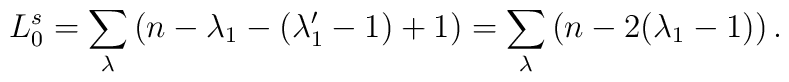
L_0^s = \sum_{\lambda} \left( n - \lambda_1 - (\lambda_1' -1)+1 \right) = \sum_{\lambda} \left( n - 2 ( \lambda_1  -1) \right){}.